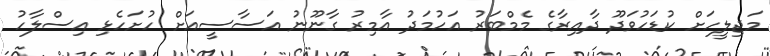
މަޖިލީހަށް ކުޑަހުވަދޫ ދާއިރާގެ މެމްބަރު އަހުމަދު އާމިރު ގާނޫނު އަސާސީއަށް ހުށަހެޅި އިސްލާހު